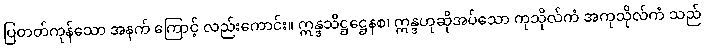
ပြတတ်ကုန်သော အနက် ကြောင့် လည်းကောင်း။ ဣန္ဒသိဋ္ဌဋ္ဌေနစ၊ ဣန္ဒဟုဆိုအပ်သော ကုသိုလ်ကံ အကုသိုလ်ကံ သည်